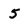
Character: 5